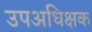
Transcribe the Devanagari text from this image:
उपअधिक्षक